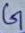
Text: G